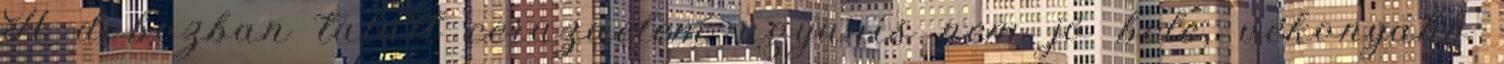
A dobozban talált ceruzaelem ugyanis nem jó bele, vékonyabb